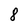
Character: 8